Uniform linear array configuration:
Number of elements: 64
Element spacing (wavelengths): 0.5
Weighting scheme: hann
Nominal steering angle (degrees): -45
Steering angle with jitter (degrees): -46.598
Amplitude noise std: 0.05
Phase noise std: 0.05

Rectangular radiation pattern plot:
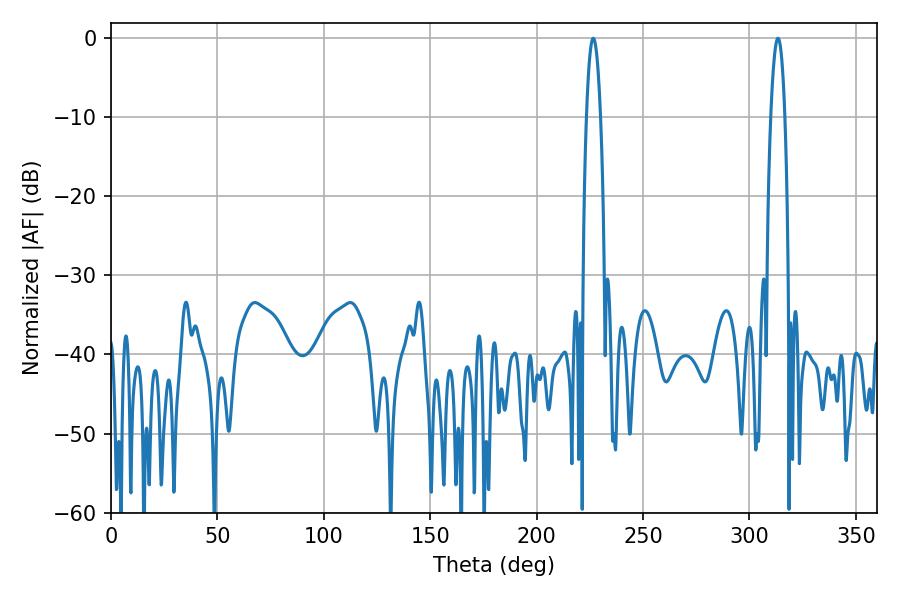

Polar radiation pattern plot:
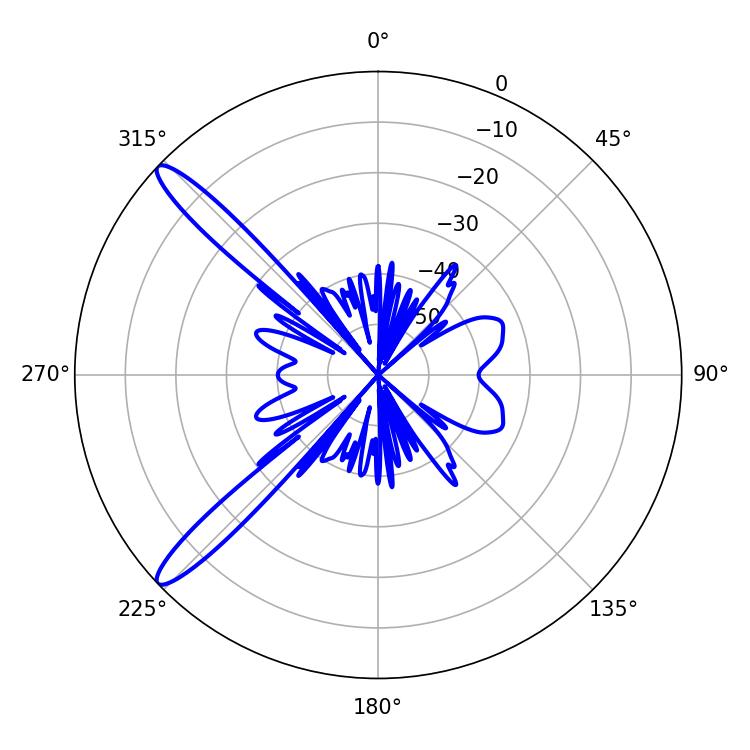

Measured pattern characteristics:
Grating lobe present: FALSE
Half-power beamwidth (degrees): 3.6
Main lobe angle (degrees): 226.62